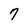
Character: 7